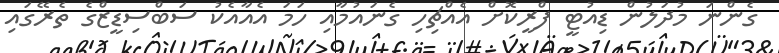
ގެންނަ މުދަލުން ޑިއުޓީ ފްރީކޮށް އެއްޗިހި ގެނައުމާއި ހަމަ އެއާއެކު ސަބްސިޑީޒްގެ ތެރޭގައި